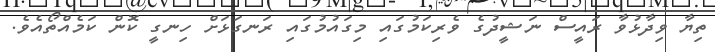
ތިޔާ ވިދާޅުވާ ރައީސް ނަޝީދުގެ ވެރިކަމުގައި މިގައުމުގައި ރަނގަޅަށް ހިނގީ ކޮން ކަމެއްތޯއެވެ.